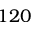
1 2 0